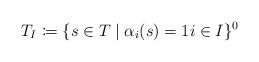
LaTeX: \begin{align*}T_I \coloneqq \{s \in T \mid \alpha_i(s) = 1 i \in I \}^0\end{align*}